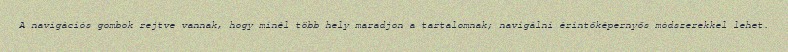
A navigációs gombok rejtve vannak, hogy minél több hely maradjon a tartalomnak; navigálni érintőképernyős módszerekkel lehet.